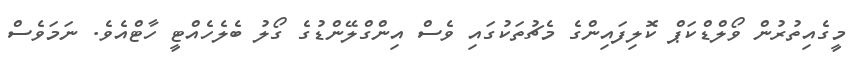
މީގެއިތުރުން ވޯލްޑްކަޕް ކޮލިފައިންގެ މެޗުތަކުގައި ވެސް އިންގްލޭންޑުގެ ގޯލު ބެލެހެއްޓީ ހާޓްއެވެ. ނަމަވެސް